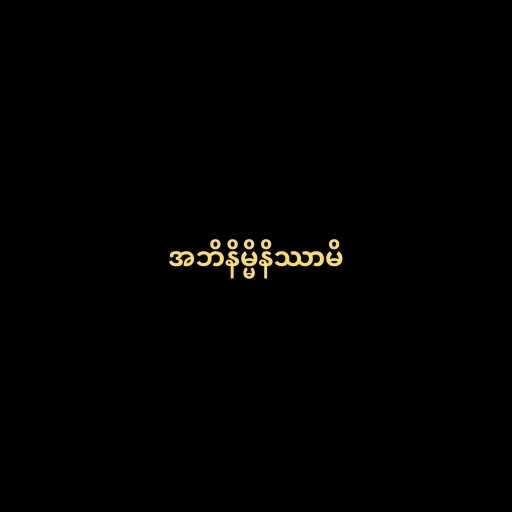
အဘိနိမ္မိနိဿာမိ